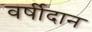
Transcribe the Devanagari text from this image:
वर्षीदान